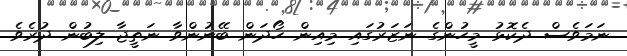
ނަމަވެސް ދެކޮޅު މީހުންގެ ނަޒަރުގައި މިއިން ހޯދަން ބޭނުންވާ ނަތީޖާ ލިބުން ދުރެވެ.